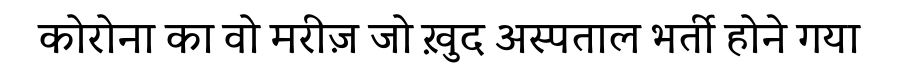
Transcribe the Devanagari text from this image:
कोरोना का वो मरीज़ जो ख़ुद अस्पताल भर्ती होने गया